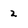
Character: 2